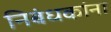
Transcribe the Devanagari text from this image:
निबंधकांना